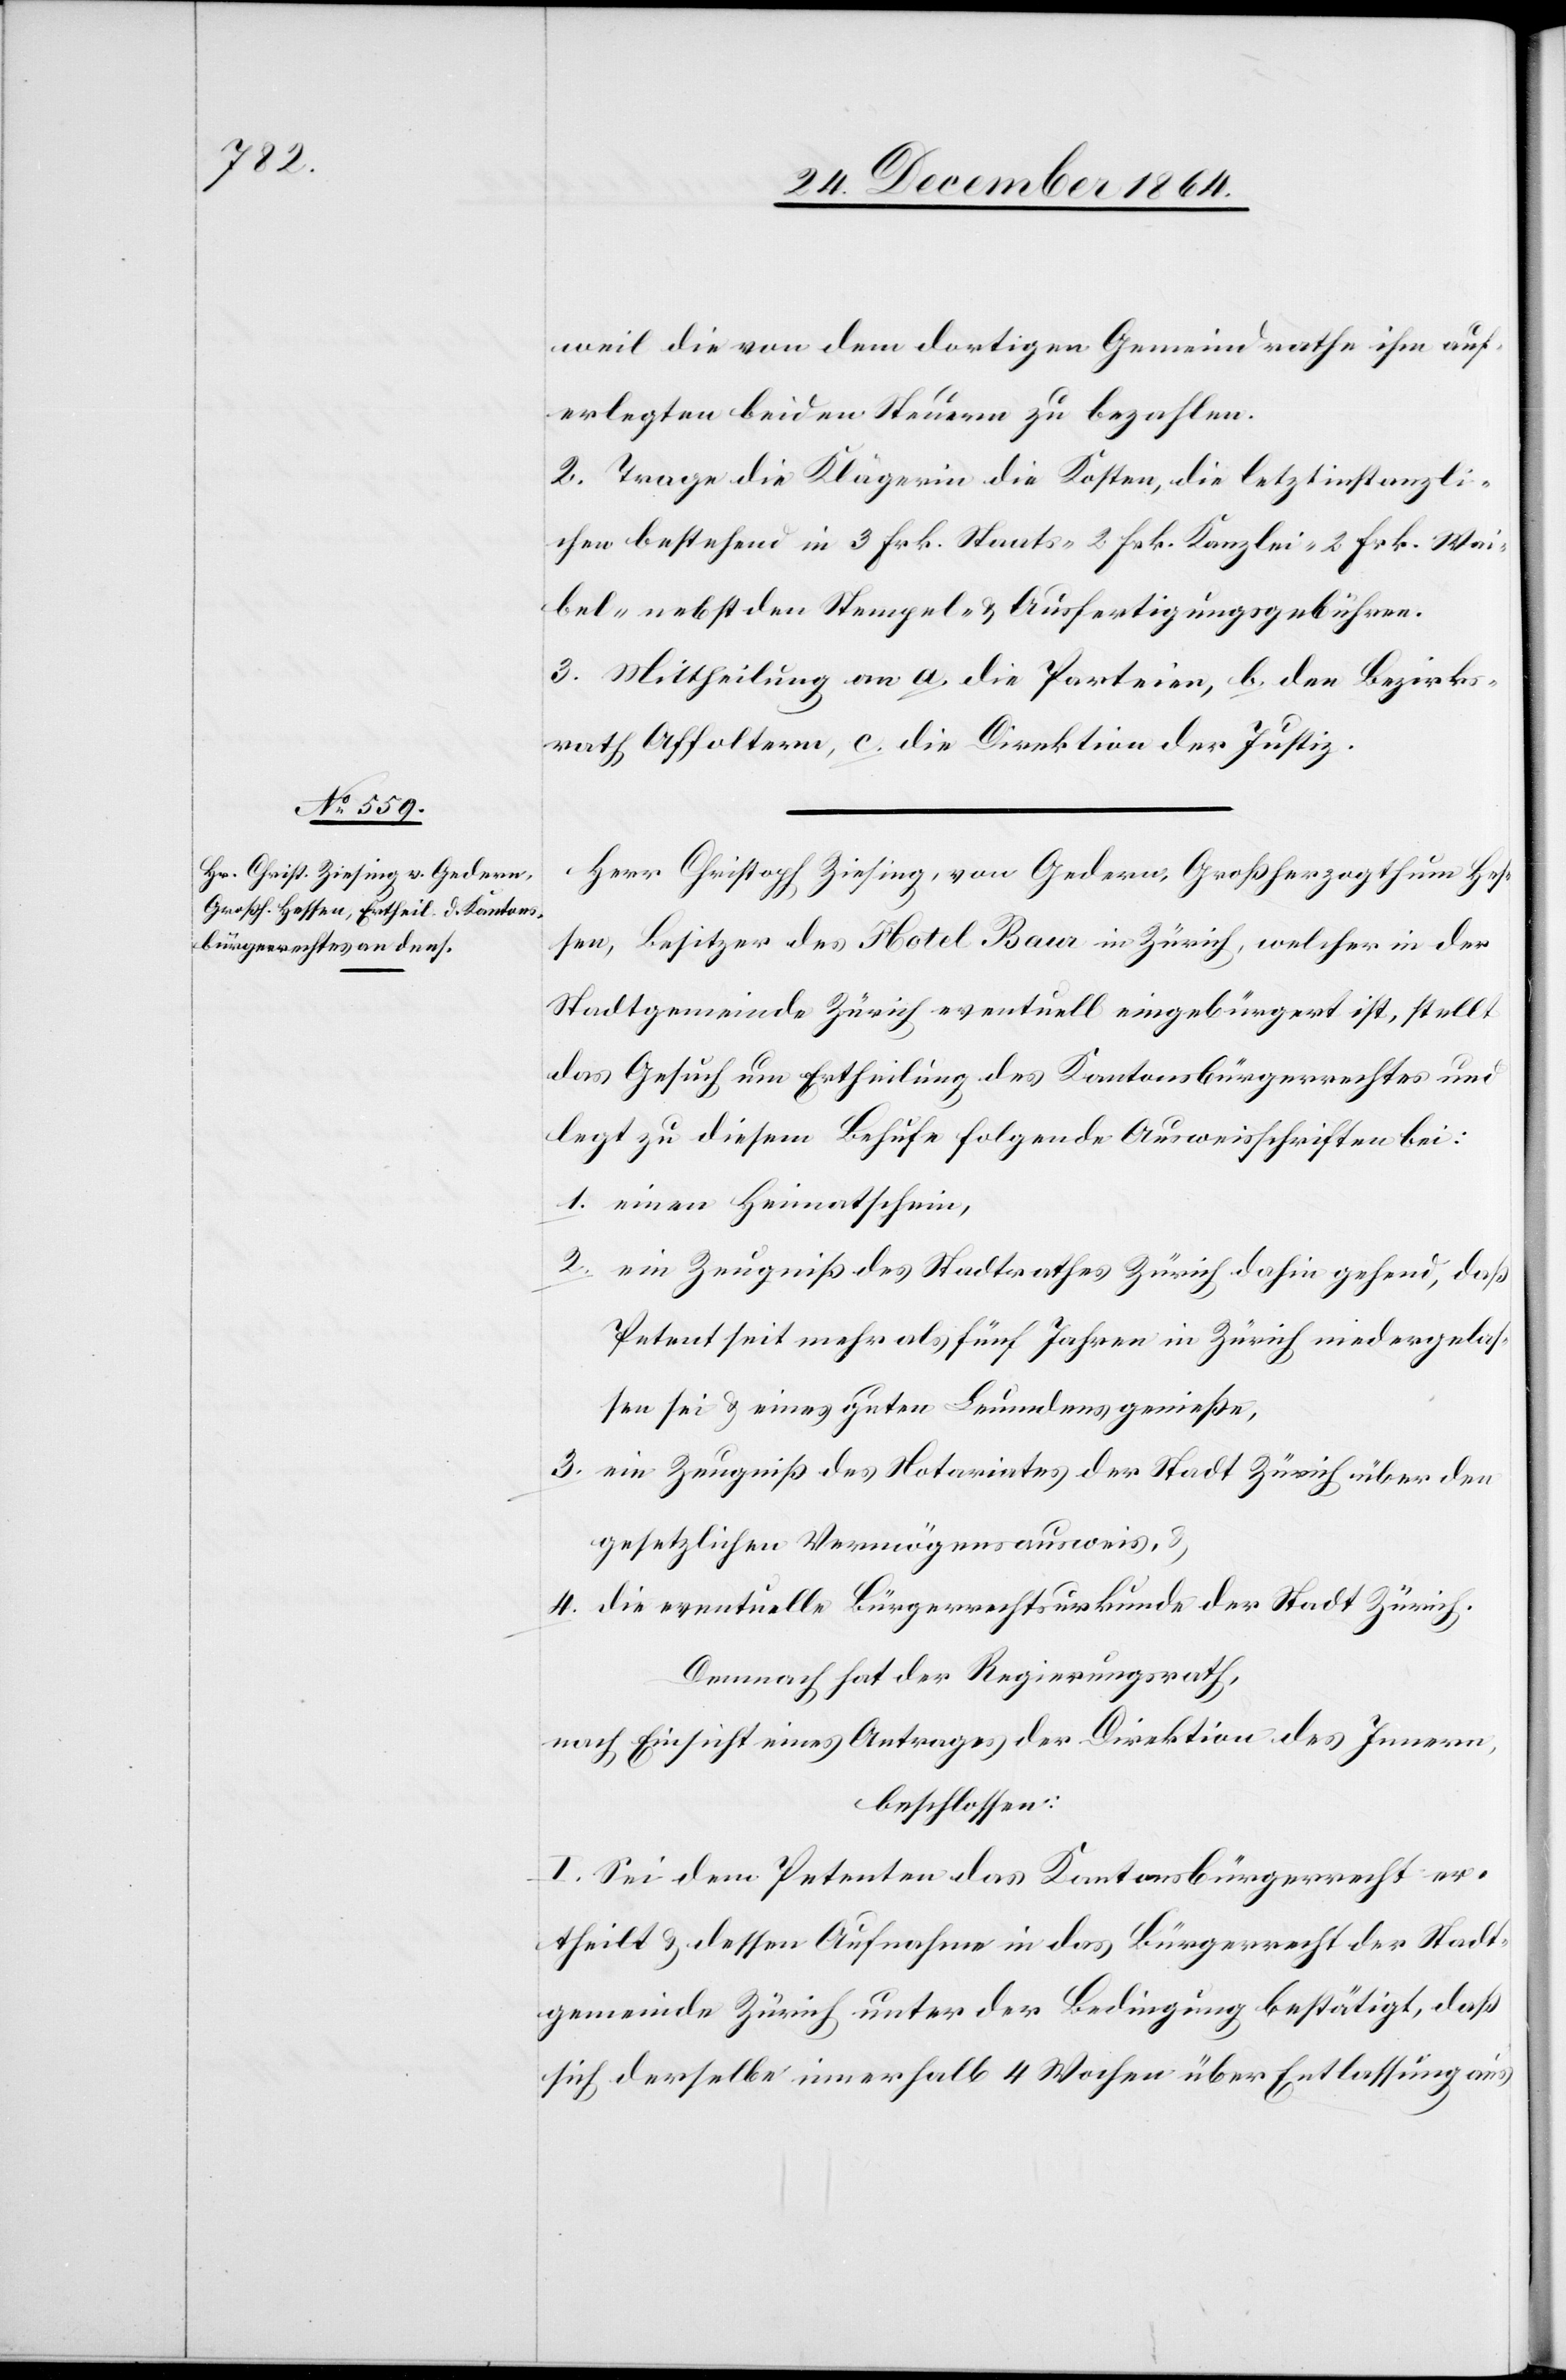
weil die von dem dortigen Gemeindrathe ihm auf¬
erlegten beiden Steuern zu bezahlen.
2. Trage die Klägerin die Kosten, die letztinstanzli¬
chen bestehend in 3 Frk. Staats- 2 Frk. Kanzlei- 2 Frk. Wai¬
bel- nebst den Stempel- & Ausfertigungsgebühren.
3. Mittheilung an a. die Parteien, b. den Bezirks¬
rath Affoltern, c. die Direktion der Justiz.
Herr Christoph Ziesing, von Gedern, Großherzogthum Hes¬
sen, Besitzer des Hotel Baur in Zürich, welcher in der
Stadtgemeinde Zürich eventuell eingebürgert ist, stellt
das Gesuch um Ertheilung des Kantonsbürgerrechtes und
legt zu diesem Behufe folgende Ausweisschriften bei:
1. einen Heimatschein,
2. ein Zeugniß des Stadtrathes Zürich dahin gehend, daß
Petent seit mehr als fünf Jahren in Zürich niedergelas¬
sen sei & eines guten Leumdens genieße
3. ein Zeugniß des Notariats der Stadt Zürich über den
gesetzlichen Vermögensausweis,
4. die eventuelle Bürgerrechtsurkunde der Stadt Zürich.
Demnach hat der Regierungsrath,
nach Einsicht eines Antrages der Direktion des Innern,
beschlossen:
I. Sei dem Petenten das Kantonsbürgerrecht er¬
theilt & dessen Aufnahme in das Bürgerrecht der Stadt¬
gemeinde Zürich unter der Bedingung bestätigt, daß
sich derselbe innerhalb 4 Wochen über Entlassung aus